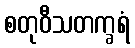
စတုဝီသတက္ခရံ